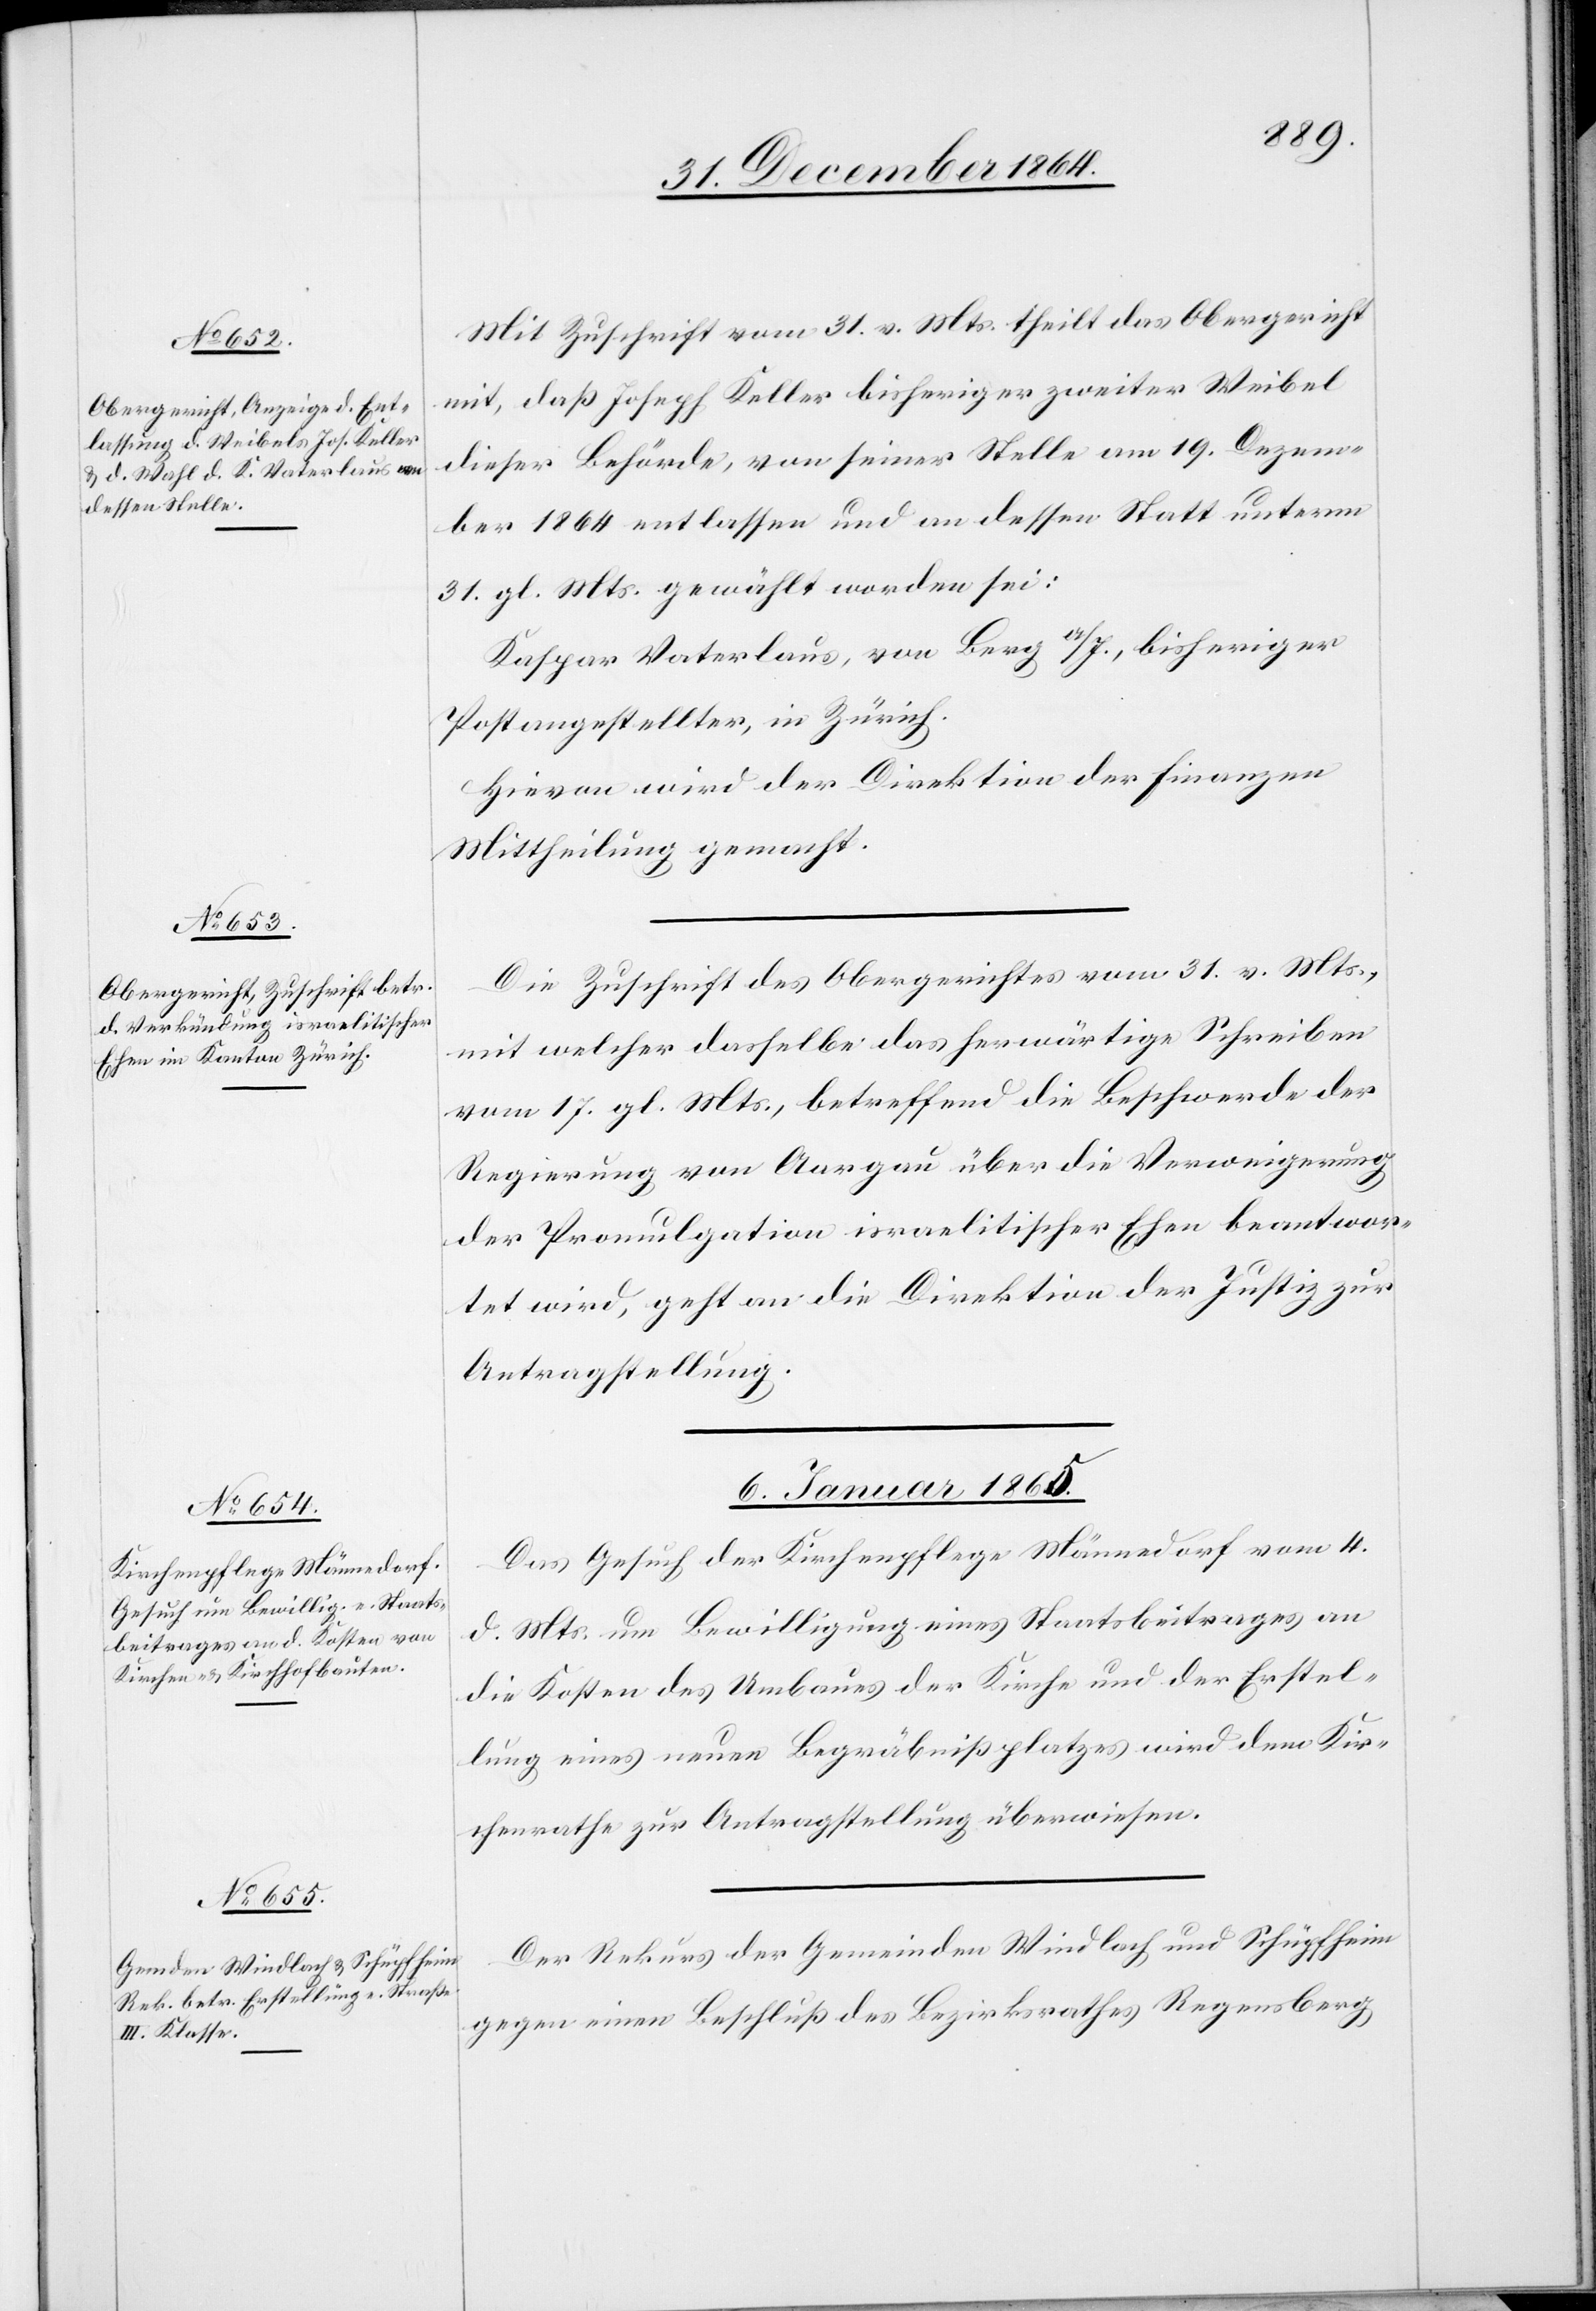
Mit Zuschrift vom 31. v. Mts. theilt das Obergericht
mit, daß Joseph Keller[,] bisheriger zweiter Weibel
dieser Behörde, von seiner Stelle am 19. Dezem¬
ber 1864 entlassen und an dessen Statt unterm
31. gl. Mts. gewählt worden sei:
Kaspar Vaterlaus, von Berg a/I., bisheriger
Postangestellter, in Zürich.
Hievon wird der Direktion der Finanzen
Mittheilung gemacht.
Die Zuschrift des Obergerichtes vom 31. v. Mts.,
mit welcher dasselbe das herwärtige Schreiben
vom 17. gl. Mts., betreffend die Beschwerde der
Regierung von Aargau über die Verweigerung
der Promulgation israelitischer Ehen beantwor¬
tet wird, geht an die Direktion der Justiz zur
Antragstellung.
6. Januar 1865.]
Das Gesuch der Kirchenpflege Männedorf vom 4.
d. Mts. um Bewilligung eines Staatsbeitrages an
die Kosten des Umbaues der Kirche und der Erstel¬
lung eines neuen Begräbnißplatzes wird dem Kir¬
chenrathe zur Antragstellung überwiesen.
Der Rekurs der Gemeinden Windlach und Schüpfheim
gegen einen Beschluß des Bezirksrathes Regensberg